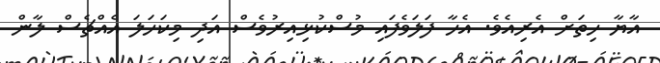
އާޔާ ހިތަށް އެރިއެވެ. އެހާ ފަލަވެފައި މުސްކުޅިއިރުވެސް އަދި މިކަހަލަ އެއްޗެސް ލާން